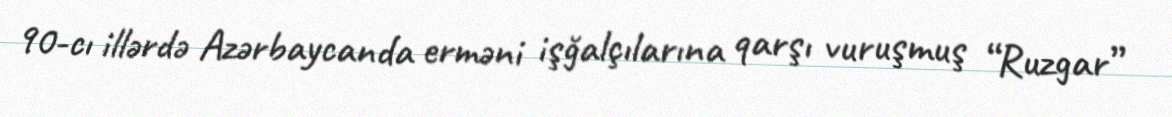
90-cı illərdə Azərbaycanda erməni işğalçılarına qarşı vuruşmuş “Ruzgar”